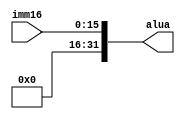
`timescale 1ns / 1ps


module SignalExtension(
    input [15:0]imm16,
    output [31:0]alua
    );
    reg [15:0]zero=0;
    assign alua={zero,imm16};
endmodule